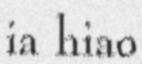
ia hiao